Annual report of the Punjab Veterinary College and of the Civil Veterinary Department, Punjab - 1894-1908
Year: 1894
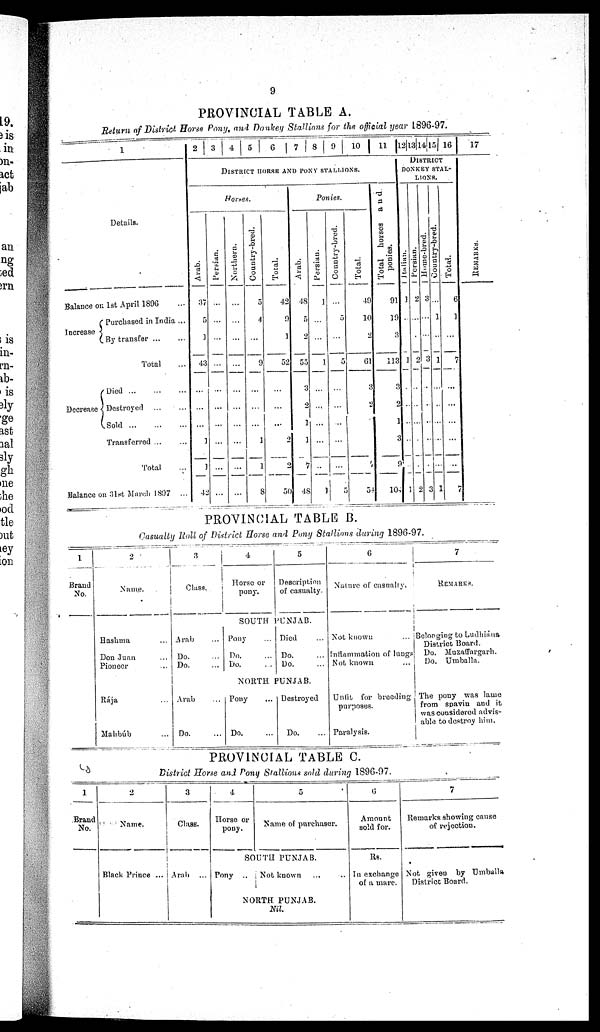
9
PROVINCIAL TABLE A.
Return of District Horse Pony, and Donkey Stallions for the official year 1896-97.
1
Details.
Balance on 1st April 1896 ...
Increase
Purchased in India ...
By transfer ... ...
Total ...
Decrease
Died
...
...
...
Destroyed ... ... ...
Sold
...
...
...
Transferred ... ...
Total
...
Balance on 31st March 1897 ...
2
3
4
5
6
7
8
9
10
11
DISTRICT HORSE AND STALLIONS.
Horses.
Arab.
37
5
1
43
...
...
...
1
1
42
Persian.
...
...
...
...
...
...
...
...
...
...
Northern.
...
...
...
...
...
...
...
...
...
...
Country-bred.
5
4
...
9
...
...
...
1
1
8
Total.
42
9
1
52
...
...
...
2
2
50
Ponies.
Arab.
48
5
2
55
3
2
1
1
7
48
Persian.
1
...
...
1
...
...
...
...
...
1
Country-bred.
...
5
...
5
...
...
...
...
...
5
Total.
40
10
2
61
3
2
1
54
Total horses
and
ponies.
91
19
3
113
3
2
1
3
9
10
12 13 14 15 16
DISTRICT
DONKEY STAL-
LIONS.
l t al i an.
1
...
1
...
...
...
...
...
1
Persian.
2
...
2
...
...
...
...
...
2
Hom-bred.
3
...
...
3
...
...
..
...
...
3
Country-bred.
...
1
..
1
...
...
...
...
...
1
Total.
6
1
...
7
...
...
...
...
...
7
17
REMARKS .
PROVINCIAL TABLE B.
Casualty Roll of District Horse and Pony Stallions during 1896-97.
1
Brand
No.
2
Name.
Hashma ...
Don Juan ...
Pioneer ...
Rája ...
Mahbúb ...
3
Class.
Arab ...
Do. ...
Do. ...
Arab ...
Do. ...
4
Horse or
pony.
5
Description
of casualty.
SOUTH PUNJAB.
Pony ...
Do. ...
Do. ...
Died ...
Do. ...
Do. ...
NORTH PUNJAB.
Pony ...
Do. ...
Destroyed
Do. ...
6
Nature of casualty.
Not known
...
Inflammation of lungs
Not known
...
Unfit for breeding
purposes.
Paralysis.
7
REMARKS.
Belonging to Ludhiána
District Board.
Do. Muzaffargarh.
Do. Umballa.
The pony was lame
from spavin and it
was considered advis-
able to destroy him.
PROVINCIAL TABLE C.
District Horse and Pony Stallions sold during 1896-97.
1
Brand
No.
2
Name.
Black Prince ...
3
Class.
Arab ...
4
Horse or
pony.
5
Name of purchaser.
SOUTH PUNJAB.
Pony .. Not known ... ...
NORTH PUNJAB.
Nil.
6
Amount
sold for.
Rs.
In exchange
of a mare.
7
Remarks showing cause
of rejection.
Not given by Umballa
District Board.